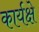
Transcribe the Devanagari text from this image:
कार्यक्षे